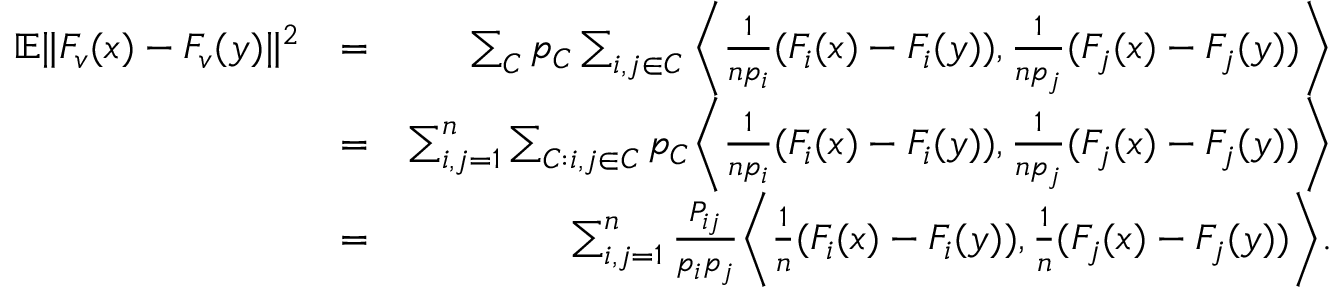
\begin{array} { r l r } { \mathbb { E } \| F _ { v } ( x ) - F _ { v } ( y ) \| ^ { 2 } } & { = } & { \sum _ { C } p _ { C } \sum _ { i , j \in C } \bigg \langle \frac { 1 } { n p _ { i } } ( F _ { i } ( x ) - F _ { i } ( y ) ) , \frac { 1 } { n p _ { j } } ( F _ { j } ( x ) - F _ { j } ( y ) ) \bigg \rangle } \\ & { = } & { \sum _ { i , j = 1 } ^ { n } \sum _ { C : i , j \in C } p _ { C } \bigg \langle \frac { 1 } { n p _ { i } } ( F _ { i } ( x ) - F _ { i } ( y ) ) , \frac { 1 } { n p _ { j } } ( F _ { j } ( x ) - F _ { j } ( y ) ) \bigg \rangle } \\ & { = } & { \sum _ { i , j = 1 } ^ { n } \frac { P _ { i j } } { p _ { i } p _ { j } } \bigg \langle \frac { 1 } { n } ( F _ { i } ( x ) - F _ { i } ( y ) ) , \frac { 1 } { n } ( F _ { j } ( x ) - F _ { j } ( y ) ) \bigg \rangle . } \end{array}